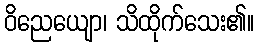
ဝိညေယျော၊ သိထိုက်သေး၏။